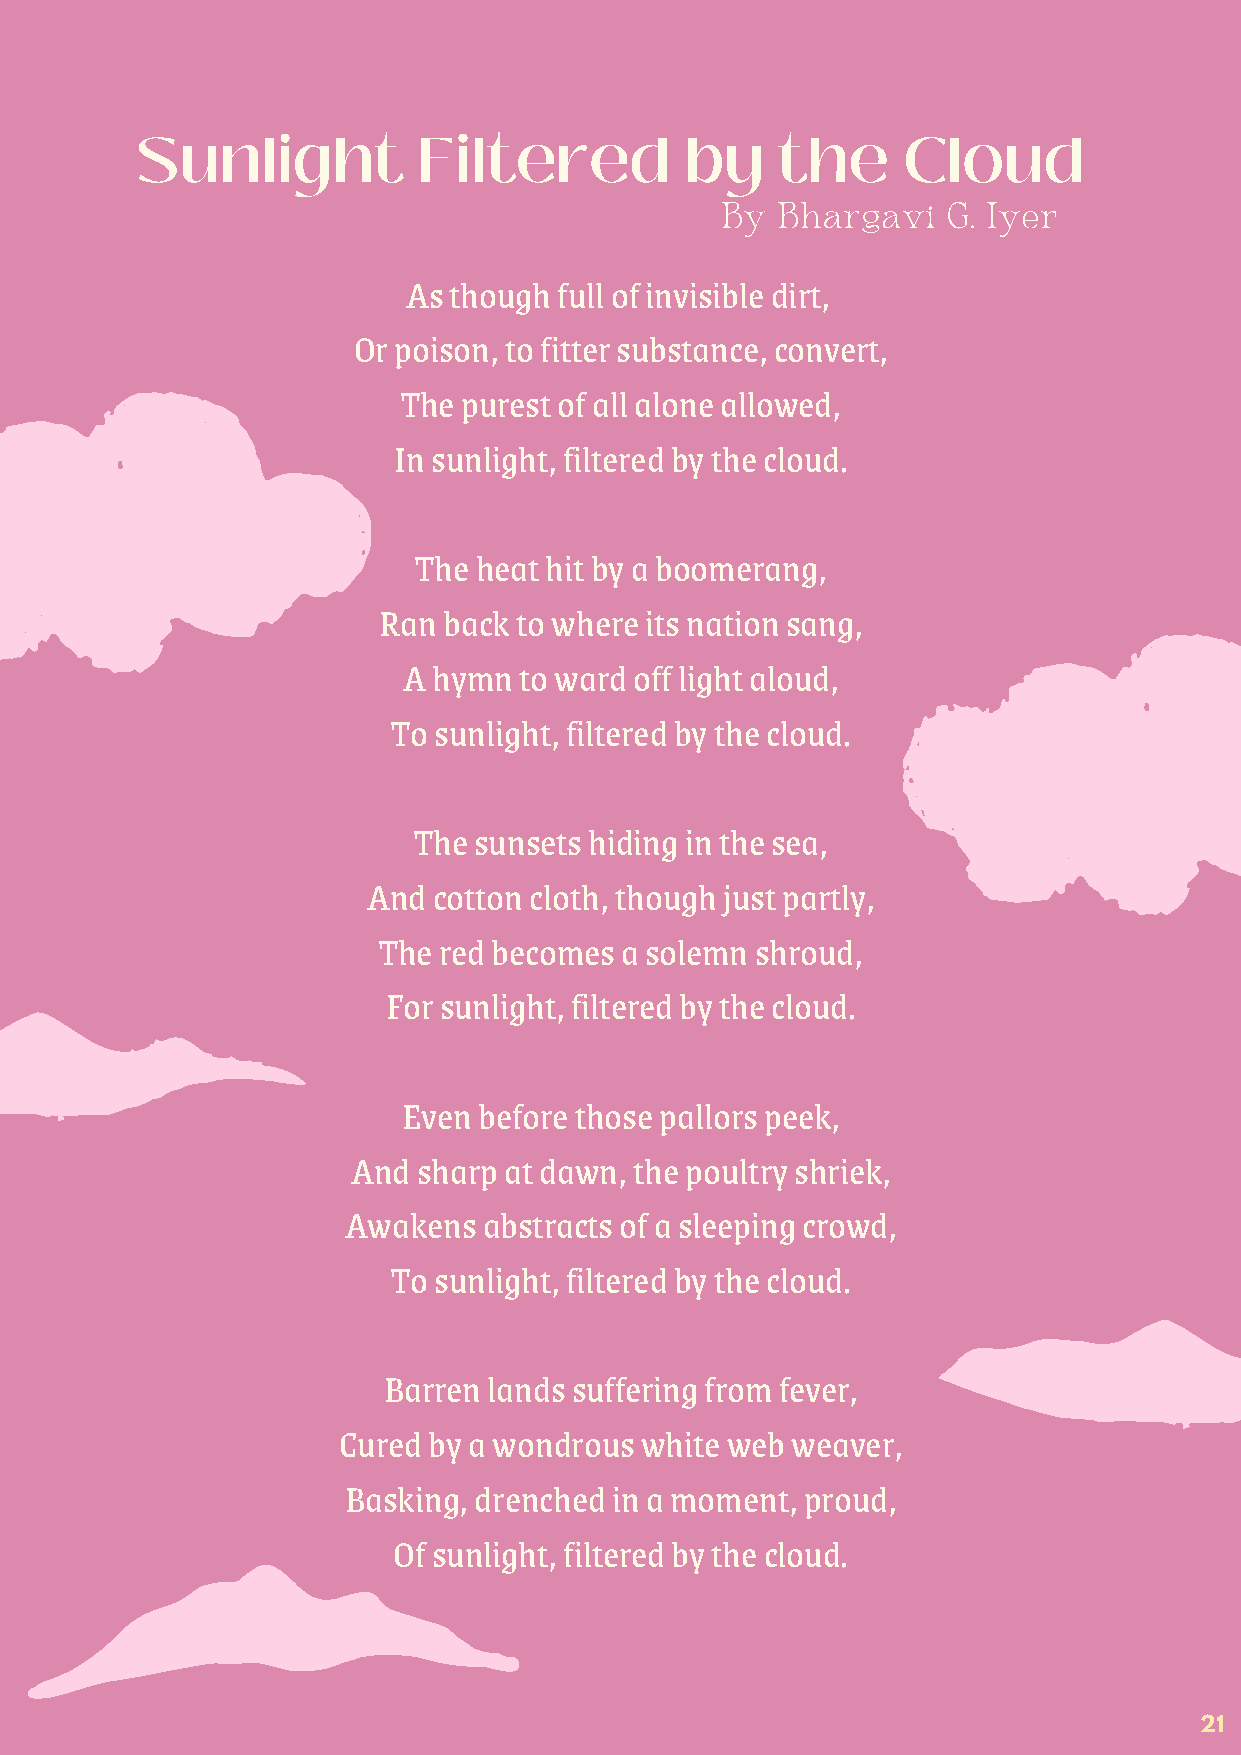
Sunlight           Filtered         by    the      Cloud
 By Bhargavi    G. Iyer
 As though full of invisible dirt,
 Or poison, to fitter substance, convert,
 The purest of all alone allowed,
 In sunlight, filtered by the cloud.
 The heat hit by a boomerang,
 Ran back to where its nation sang,
 A hymn to ward off light aloud,
 To sunlight, filtered by the cloud.
 The sunsets hiding in the sea,
 And  cotton cloth, though just partly,
 The red becomes a solemn shroud,
 For sunlight, filtered by the cloud.
 Even before those pallors peek,
 And  sharp at dawn, the poultry shriek,
 Awakens  abstracts of a sleeping crowd,
 To sunlight, filtered by the cloud.
 Barren lands suffering from fever,
 Cured by a wondrous white web weaver,
 Basking, drenched in a moment, proud,
 Of sunlight, filtered by the cloud.
 21